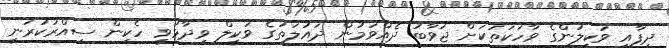
ދިފާއީ ވަކީލުންގެ ވާހަކަތަކަށް ޖަވާބު ދެއްވަމުން ދައުލަތުގެ ވަކީލް ވިދާޅުވީ ހެކިން ސިއްރުކުރަނީ